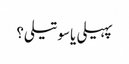
پہیلی یا سوتیلی؟